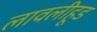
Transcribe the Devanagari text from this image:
लावलीहूड